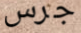
جرس